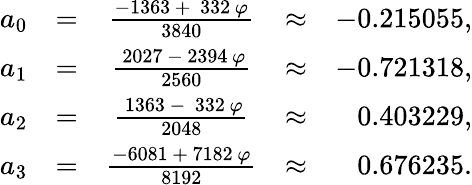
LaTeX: \begin{array}{r}{\begin{array}{ccccr}{a_{0}}&{=}&{\frac{-1363\, +{\ }\, 332\, \varphi}{3840}}&{\approx}&{-0.215055,}\\ {a_{1}}&{=}&{\frac{{\ }2027\, -\, 2394\, \varphi}{2560}}&{\approx}&{-0.721318,}\\ {a_{2}}&{=}&{\frac{{\ }1363\, -{\ }\, 332\, \varphi}{2048}}&{\approx}&{0.403229,}\\ {a_{3}}&{=}&{\frac{-6081\, +\, 7182\, \varphi}{8192}}&{\approx}&{0.676235.}\end{array}}\end{array}